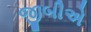
જીબીએ